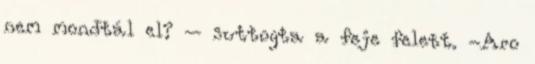
nem mondtál el? – suttogta a feje felett. -Aro